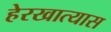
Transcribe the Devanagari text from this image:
हेरखात्यास